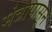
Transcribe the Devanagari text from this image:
मंत्रापासून